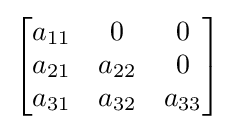
{\begin{bmatrix}a_{11}&0&0\\a_{21}&a_{22}&0\\a_{31}&a_{32}&a_{33}\end{bmatrix}}